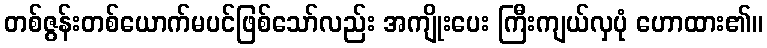
တစ်ဇွန်းတစ်ယောက်မပင်ဖြစ်သော်လည်း အကျိုးပေး ကြီးကျယ်လှပုံ ဟောထား၏။